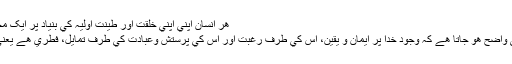
ھر انسان اپني اپني خلقت اور طينت اوليہ کي بنياد پر ايک مخصوص حدود اربعہ کا حامل ھوتا ھے
قرآن مجيد کي مختلف آيتوں سے بخوبي واضح ھو جاتا ھے کہ وجود خدا پر ايمان و يقين، اس کي طرف رغبت اور اس کي پرستش وعبادت کي طرف تمايل، فطري ھے يعني انساني خلقت و فطرت ميں داخل ھے۔